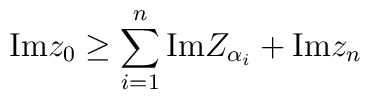
\mbox{Im} z_0 \geq \sum_{i=1}^{n}\mbox{Im}Z_{\alpha_i} + \mbox{Im} z_n